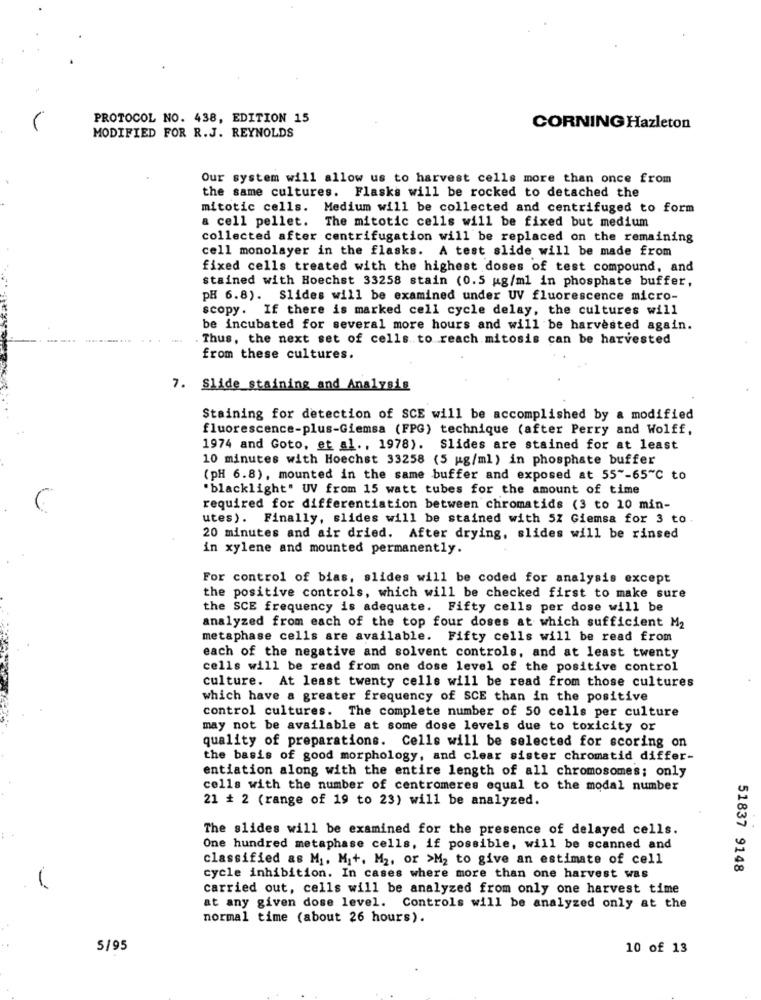
PROTOCOL NO. 438, EDITION 15
CORNING Hazleton
MODIFIED FOR R.J. REYNOLDS
Our system will allow us to harvest cells more than once from
the same cultures. Flasks will be rocked to detached the
mitotic cells. Medium will be collected and centrifuged to form
a cell pellet. The mitotic cells will be fixed but medium
collected after centrifugation will be replaced on the remaining
cell monolayer in the flasks. A test slide will be made from
fixed cells treated with the highest doses of test compound, and
stained with Hoechst 33258 stain (0.5 mg/ml in phosphate buffer,
PH 6.8). Slides will be examined under UV fluorescence micro-
scopy. If there is marked cell cycle delay, the cultures will
be incubated for several more hours and will be harvested again.
Thus, the next set of cells. to reach mitosis can be harvested
from these cultures.
7. Slide staining and Analysis
Staining for detection of SCE will be accomplished by a modified
fluorescence-plus-Giemsa (FPG) technique (after Perry and Wolff,
1974 and Goto, et al ., 1978). Slides are stained for at least
10 minutes with Hoechst 33258 (5 pg/ml) in phosphate buffer
(pH 6.8), mounted in the same buffer and exposed at 55"-65"℃ to
"blacklight" UV from 15 watt tubes for the amount of time
required for differentiation between chromatids (3 to 10 min-
utes). Finally, slides will be stained with 5Z Giemsa for 3 to.
20 minutes and air dried. After drying, slides will be rinsed
in xylene and mounted permanently.
For control of bias, slides will be coded for analysis except
the positive controls, which will be checked first to make sure
the SCE frequency is adequate. Fifty cells per dose will be
analyzed from each of the top four doses at which sufficient M2
metaphase cells are available. Fifty cells will be read from
each of the negative and solvent controls, and at least twenty
cells will be read from one dose level of the positive control
culture. At least twenty cells will be read from those cultures
which have a greater frequency of SCE than in the positive
control cultures. The complete number of 50 cells per culture
may not be available at some dose levels due to toxicity or
quality of preparations. Cells will be selected for scoring on
the basis of good morphology, and clear sister chromatid differ-
entiation along with the entire length of all chromosomes; only
cells with the number of centromeres equal to the modal number
21 + 2 (range of 19 to 23) will be analyzed.
The slides will be examined for the presence of delayed cells.
One hundred metaphase cells, if possible, will be scanned and
classified as M1. M.+. M2, or >M2 to give an estimate of cell
51837 9148
cycle inhibition. In cases where more than one harvest was
carried out, cells will be analyzed from only one harvest time
at any given dose level. Controls will be analyzed only at the
normal time (about 26 hours).
5/95
10 of 13